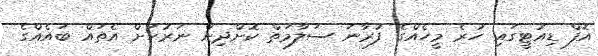
އޮފް ޑިއުޓީގައި ހުރެ މީހެއްގެ ފުރާނަ ސަލާމަތް ކޮށްދިން ނަރުހަށް އެތައް ބައެއްގެ